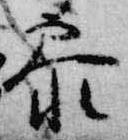
参